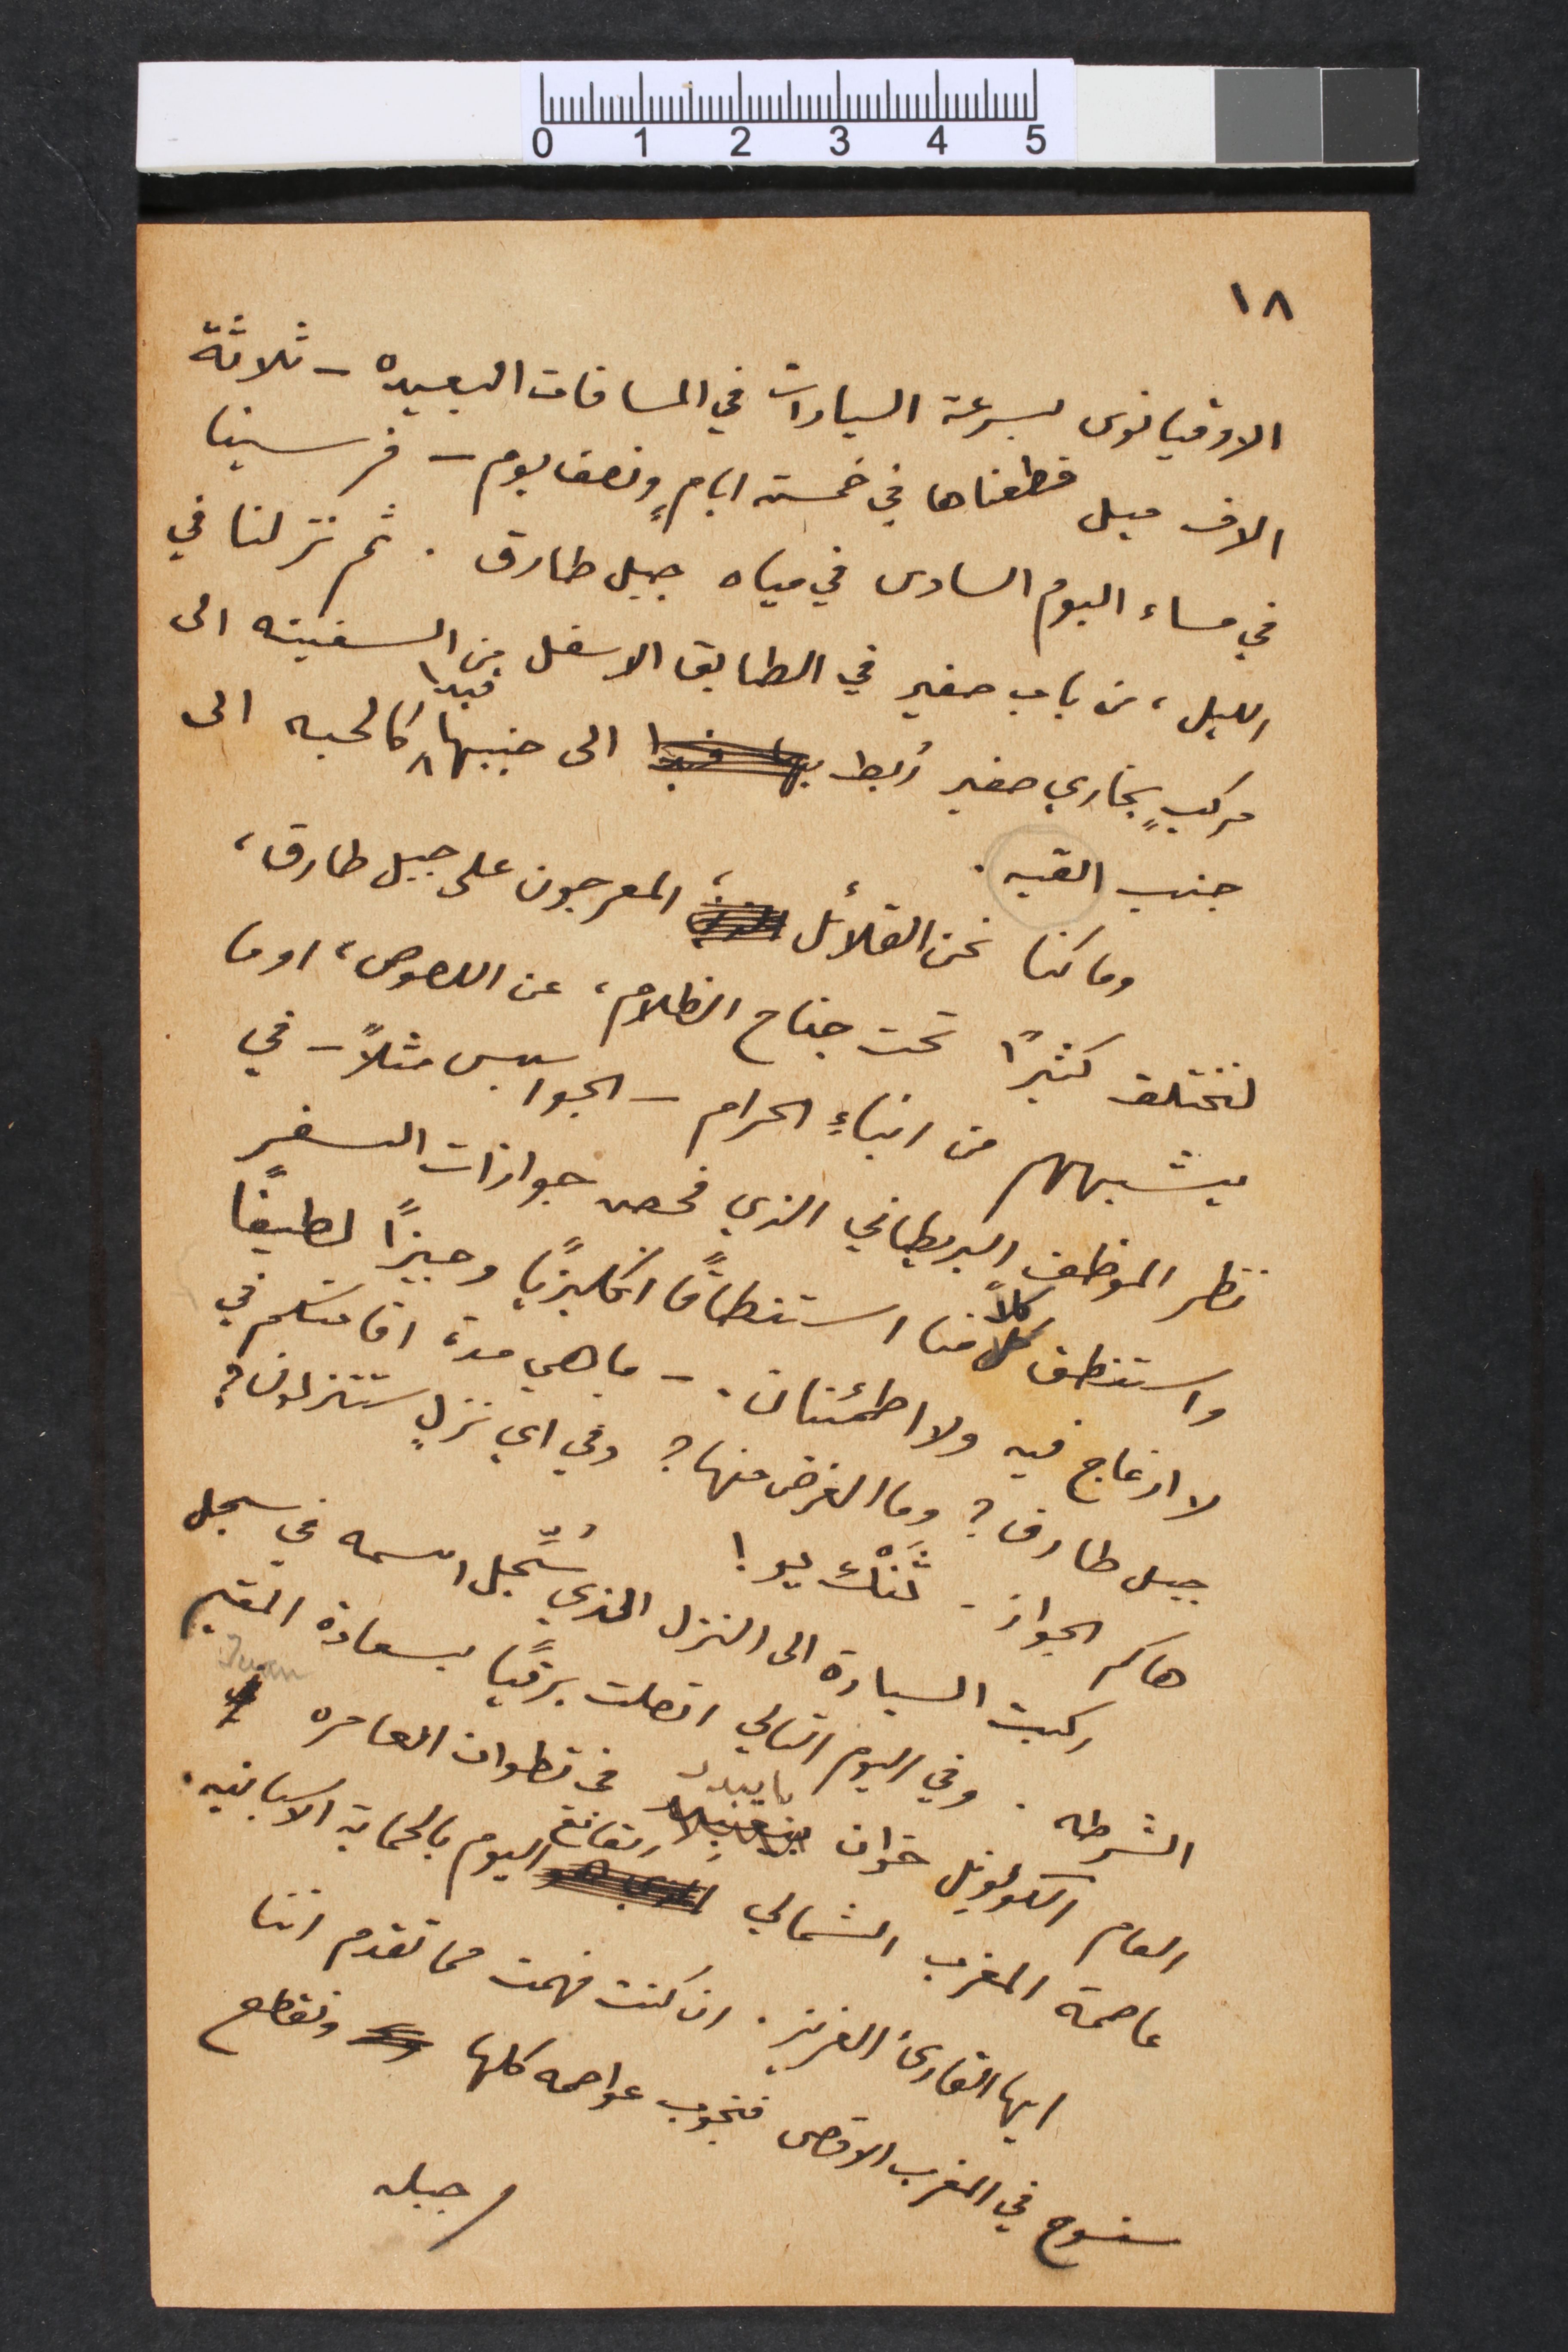
١٨
الاوقيانوس بسرعة السيارات في المسافات البعيده – ثلاثة
الاف ميل قطعناها في خمسة ايام، ونصف يوم – فرسينا
في مساء اليوم السادس في مياه جبل طارق. ثم نزلنا في
الليل، من باب صغير في الطابق الاسفل من السفينه الى
مركب بخاري صغير رُبط الى جنبها فبدا كالحبه الى
جنب القبه.
وما كنا نحن القلائل المعرجون على جبل طارق،
لنختلف كثيراً تحت جناح الظلام، عن اللصوص، او ما
يشبههم من ابناءِ الحرام – الجواسيس مثلاً – في
نظر الموظف البريطاني الذي فحص جوازات السفر
واستنطق كلاً منا استنطاقاً انكليزياً وجيزاً لطيفاً
لا ازعاج فيه ولا اطمئنان. – ما هي مدة اقامتكم في
جبل طارق؟ وما الغرض منها؟ وفي اي نزلٍ ستنزلون؟
هاكم الجواز – ثَنْك يو!
ركبت السيارة الى النزل الذي سُجِّل اسمه في سجل
الشرطه. وفي اليوم التالي اتصلت برقيّاً بسعادة المقيم
العام الكولونيل خوان بايبدد في تطواف العامره Juan
عاصمة المغرب الشمالي القانع اليوم بالحماية الاسبانيه.
ايها القارىء العزيز. ان كنت فهمت مما تقدم اننا
سنسوح في المغرب الاقصى فنجوب عواصمه كلها ونقطع
جبله